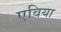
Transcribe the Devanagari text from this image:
एविया